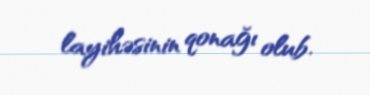
layihəsinin qonağı olub.